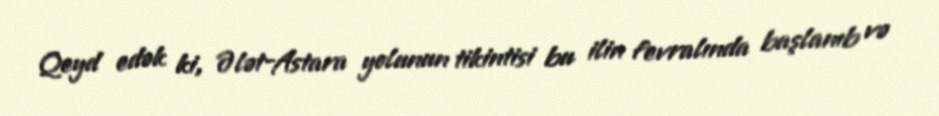
Qeyd edək ki, Ələt-Astara yolunun tikintisi bu ilin fevralında başlanıb və